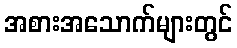
အစားအသောက်များတွင်